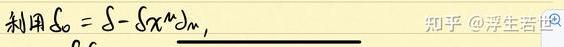
利用$S_0 = S - \int x^{\mu}d\omega_{\mu},$